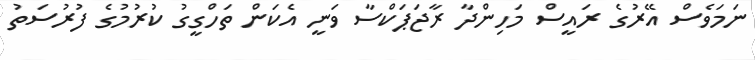
ނަމަވެސް އޭރުގެ ރައީސް މަހިންދާ ރާޖަޕަކްސާ ވަނީ އެކަން ތަހްގީގު ކުރުމުގެ ފުރުސަތު